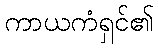
ကာယကံရှင်၏